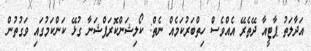
އަދާލަތު ޕާޓީއާ ދޭތެރޭ އެއްވެސް ހިތްބަރުކަމެއް ނެތް: ކޯލިޝަންކޮރަޕްޝަނާ ގުޅޭ ކަންކަމުގައި ވަގުތުން